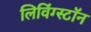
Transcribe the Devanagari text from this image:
लिविंग्स्टॉन